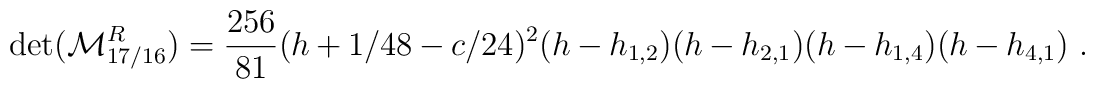
\det({\cal M}^R_{17/16})={256\over81}(h+1/48-c/24)^2 (h-h_{1,2})(h-h_{2,1})(h-h_{1,4})(h-h_{4,1}){}~.